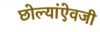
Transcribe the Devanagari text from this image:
छोल्यांऐवजी